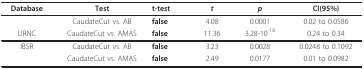
| Database | Test | t-test | t | p | CI(95%) |
 | --- | --- | --- | --- | --- | --- |
 |  | CaudateCut vs. AB | false | 4.08 | 0.0001 | 0.02 to 0.0586 |
 | URNC | CaudateCut vs. AMAS | false | 11.36 | 3.28-10-18 | 0.24 to 0.34 |
 | IBSR | CaudateCut vs. AB | false | 3.23 | 0.0028 | 0.0248 to 0.1092 |
 |  | CaudateCut vs. AMAS | false | 2.49 | 0.0177 | 0.01 to 0.0982 |